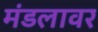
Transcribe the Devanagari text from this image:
मंडलावर